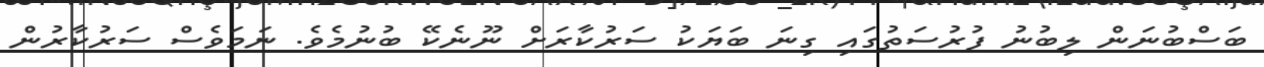
ބަސްބުނަން ލިބުނު ފުރުސަތުގައި ގިނަ ބަޔަކު ސަރުކާރަށް ނޫނެކޭ ބުނުމެވެ. ނަމަވެސް ސަރުކާރުން